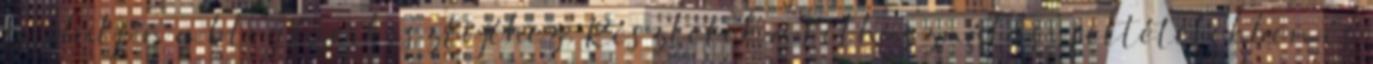
forduljon a blog szerkesztőjéhez. Részletek a Felhasználási feltételekben és